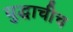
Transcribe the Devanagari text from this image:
युद्धाचीच